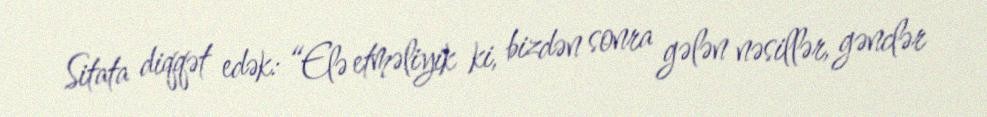
Sitata diqqət edək: “Elə etməliyik ki, bizdən sonra gələn nəsillər, gənclər